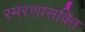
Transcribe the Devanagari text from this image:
स्मरणासक्ति